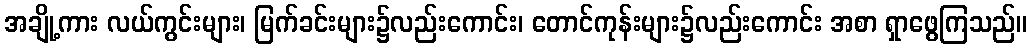
အချို့ကား လယ်ကွင်းများ၊ မြက်ခင်းများ၌လည်းကောင်း၊ တောင်ကုန်းများ၌လည်းကောင်း အစာ ရှာဖွေကြသည်။